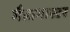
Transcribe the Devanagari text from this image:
मैडागास्टर